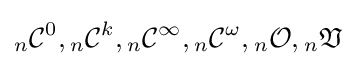
{_{n}{\mathcal {C}}^{0}},{_{n}{\mathcal {C}}^{k}},{_{n}{\mathcal {C}}^{\infty }},{_{n}{\mathcal {C}}^{\omega }},{_{n}{\mathcal {O}}},{_{n}{\mathfrak {V}}}